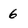
Character: 6